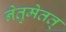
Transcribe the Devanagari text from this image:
नेतुमेतत्‌